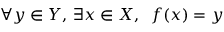
\forall y \in Y , \, \exists x \in X , \; \; f ( x ) = y